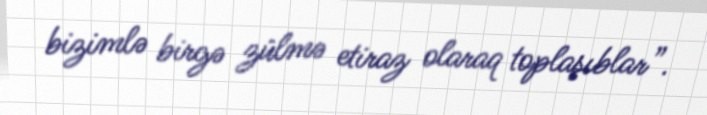
bizimlə birgə zülmə etiraz olaraq toplaşıblar”.